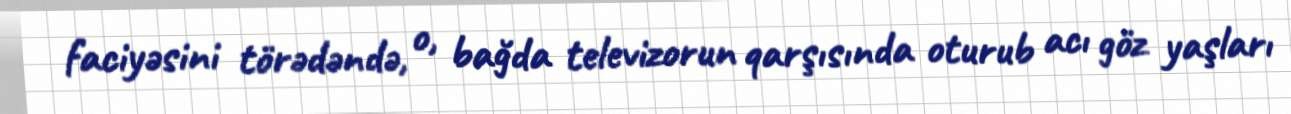
faciyəsini törədəndə, o, bağda televizorun qarşısında oturub acı göz yaşları